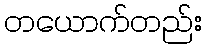
တယောက်တည်း